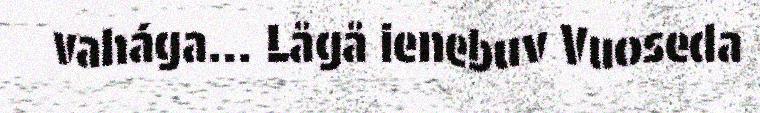
vahága... Lågå ienebuv Vuoseda